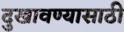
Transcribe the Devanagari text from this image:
दुखावण्यासाठी